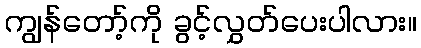
ကျွန်တော့်ကို ခွင့်လွှတ်ပေးပါလား။